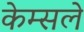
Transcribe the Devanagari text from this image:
केम्सले